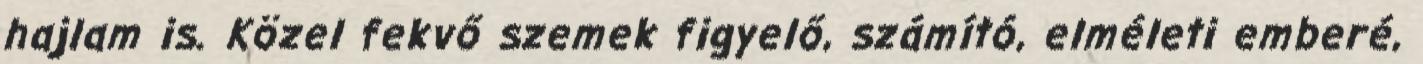
hajlam is. Közel fekvő szemek figyelő, számító, elméleti emberé,